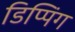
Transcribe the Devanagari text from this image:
डिप्पिंग